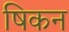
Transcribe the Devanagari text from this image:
षिकन